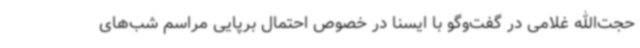
حجت‌الله غلامی در گفت‌وگو با ایسنا در خصوص احتمال برپایی مراسم شب‌های